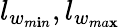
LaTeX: l_{w_{m\mathbf{i}n}},l_{w_{ma\mathbf{x}}}